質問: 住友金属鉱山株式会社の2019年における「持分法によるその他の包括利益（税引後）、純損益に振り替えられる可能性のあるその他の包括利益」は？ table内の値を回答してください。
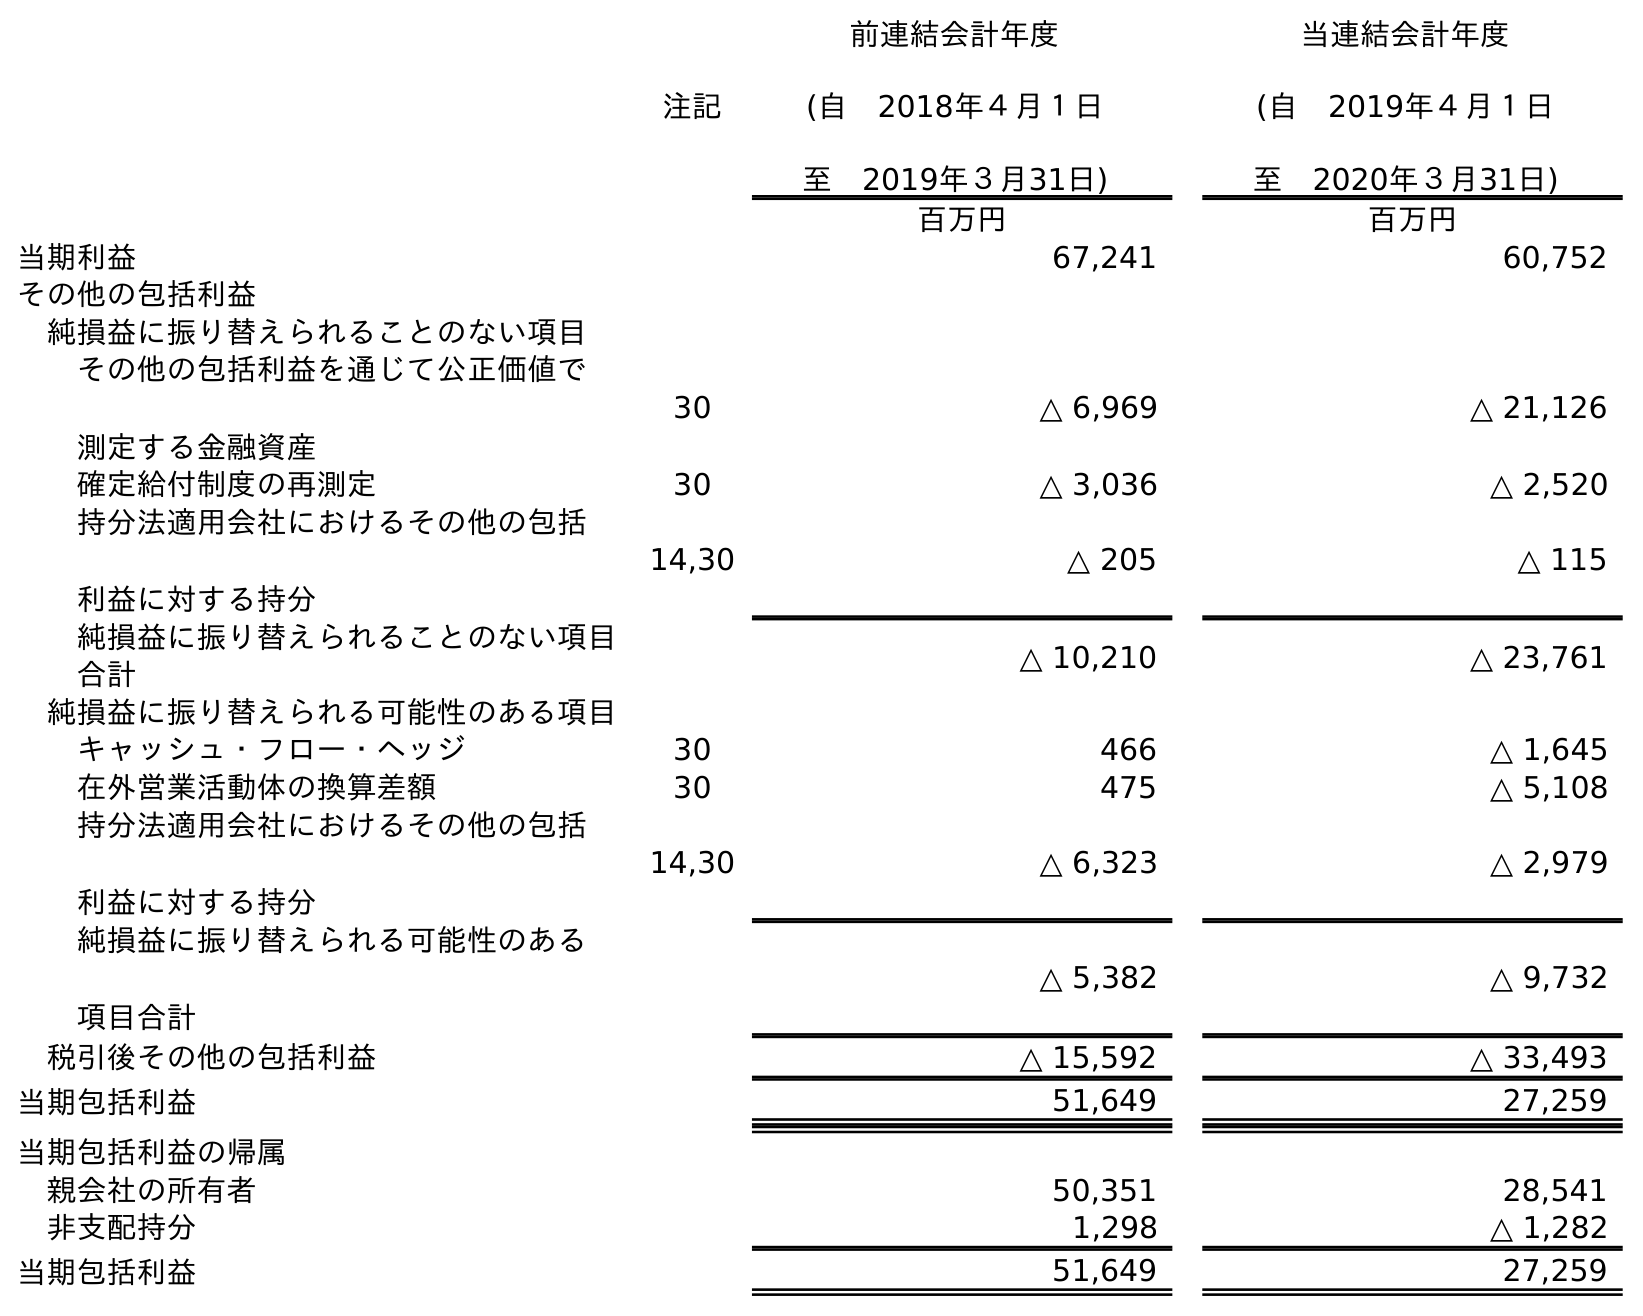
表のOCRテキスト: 注記 前連結会計年度 (自 2018年４月１日 至 2019年３月31日) 当連結会計年度 (自 2019年４月１日 至 2020年３月31日) 百万円 百万円 当期利益 67,241 60,752 その他の包括利益 純損益に振り替えられることのない項目 その他の包括利益を通じて公正価値で 測定する金融資産 30 △ 6,969 △ 21,126 確定給付制度の再測定 30 △ 3,036 △ 2,520 持分法適用会社におけるその他の包括 利益に対する持分 14,30 △ 205 △ 115 純損益に振り替えられることのない項目 合計 △ 10,210 △ 23,761 純損益に振り替えられる可能性のある項目 キャッシュ・フロー・ヘッジ 30 466 △ 1,645 在外営業活動体の換算差額 30 475 △ 5,108 持分法適用会社におけるその他の包括 利益に対する持分 14,30 △ 6,323 △ 2,979 純損益に振り替えられる可能性のある 項目合計 △ 5,382 △ 9,732 税引後その他の包括利益 △ 15,592 △ 33,493 当期包括利益 51,649 27,259 当期包括利益の帰属 親会社の所有者 50,351 28,541 非支配持分 1,298 △ 1,282 当期包括利益 51,649 27,259
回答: △6,323